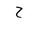
Letter: _ha